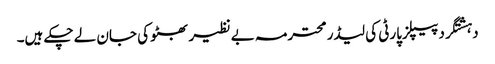
دہشتگرد پیپلزپارٹی کی لیڈر محترمہ بے نظیر بھٹو کی جان لے چکے ہیں۔